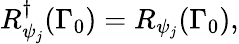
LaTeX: R_{\psi_{j}}^{\dagger}(\Gamma_{0})=R_{\psi_{j}}(\Gamma_{0}),